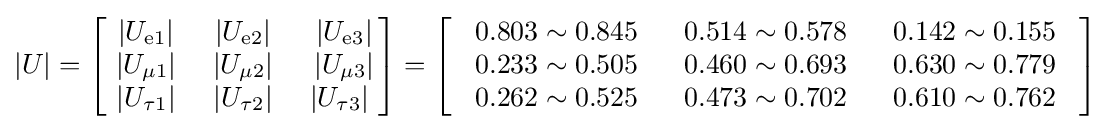
|U|={\begin{bmatrix}~|U_{\mathrm {e} 1}|~&|U_{\mathrm {e} 2}|~&|U_{\mathrm {e} 3}|\\~|U_{\mu 1}|~&|U_{\mu 2}|~&|U_{\mu 3}|\\~|U_{\tau 1}|~&|U_{\tau 2}|~&|U_{\tau 3}|~\end{bmatrix}}=\left[{\begin{array}{rrr}~0.803\sim 0.845~~&0.514\sim 0.578~~&0.142\sim 0.155~\\~0.233\sim 0.505~~&0.460\sim 0.693~~&0.630\sim 0.779~\\~0.262\sim 0.525~~&0.473\sim 0.702~~&0.610\sim 0.762~\end{array}}\right]